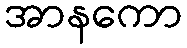
အာနကော